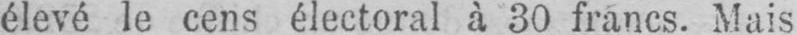
élevé le cens électoral à 30 francs. Mais